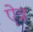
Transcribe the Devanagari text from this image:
ऐत्र